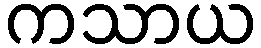
ကသာယ